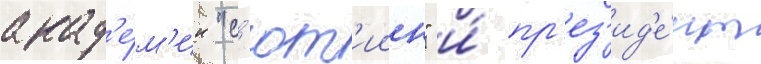
акад'е́м'ии "с'ют'иин" и́ пр'ез'ид'е́нт